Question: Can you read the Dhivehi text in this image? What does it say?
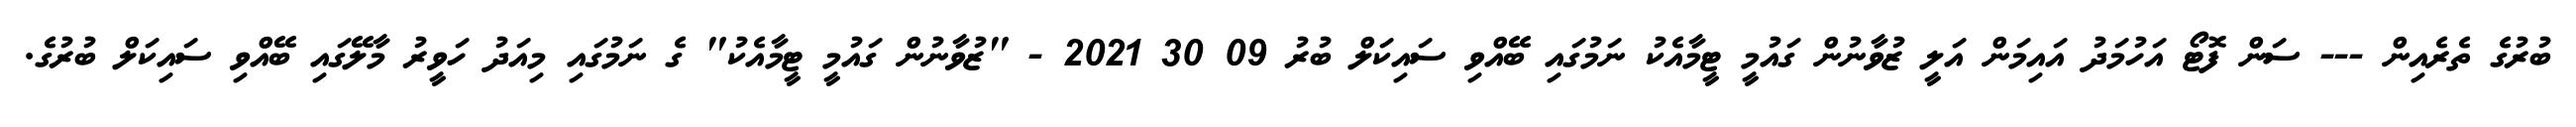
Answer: ބުރުގެ ތެރެއިން --- ސަން ފޮޓޯ އަހުމަދު އައިމަން އަލީ ޒުވާނުން ގައުމީ ޓީމާއެކު ނަމުގައި ބޭއްވި ސައިކަލް ބުރު 09 30 2021 - "ޒުވާނުން ގައުމީ ޓީމާއެކު" ގެ ނަމުގައި މިއަދު ހަވީރު މާލޭގައި ބޭއްވި ސައިކަލް ބުރުގެ.